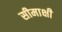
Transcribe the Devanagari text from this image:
सीमाक्षी